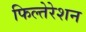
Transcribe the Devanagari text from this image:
फिल्तेरेशन